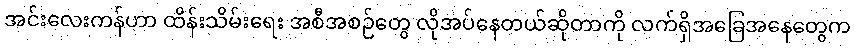
အင်းလေးကန်ဟာ ထိန်းသိမ်းရေး အစီအစဉ်တွေ လိုအပ်နေတယ်ဆိုတာကို လက်ရှိအခြေအနေတွေက